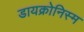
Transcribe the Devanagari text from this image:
डायक्रोनिस्म